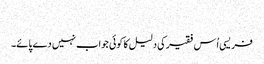
‏
فریسی اُس فقیر کی دلیل کا کوئی جواب نہیں دے پائے۔